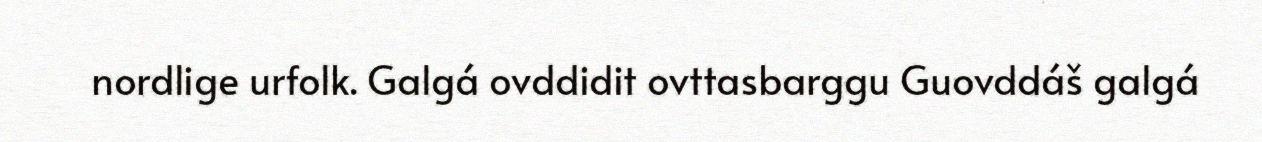
nordlige urfolk. Galgá ovddidit ovttasbarggu Guovddáš galgá